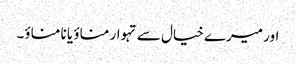
اور میرے خیال سے تہوار مناؤ یا نا مناؤ۔